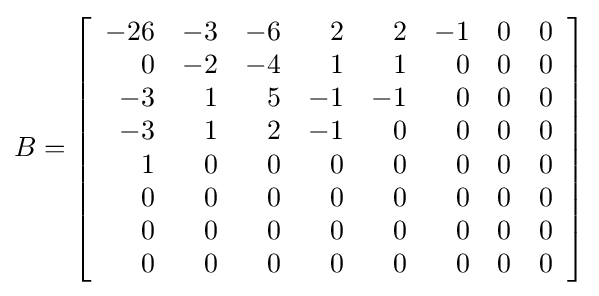
B=\left[{\begin{array}{rrrrrrrr}-26&-3&-6&2&2&-1&0&0\\0&-2&-4&1&1&0&0&0\\-3&1&5&-1&-1&0&0&0\\-3&1&2&-1&0&0&0&0\\1&0&0&0&0&0&0&0\\0&0&0&0&0&0&0&0\\0&0&0&0&0&0&0&0\\0&0&0&0&0&0&0&0\end{array}}\right]